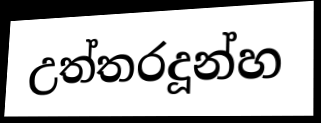
උත්තරදූන්හ